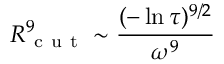
R _ { \mathrm { ~ c ~ u ~ t ~ } } ^ { 9 } \sim \frac { ( - \ln { \tau } ) ^ { 9 / 2 } } { \omega ^ { 9 } }